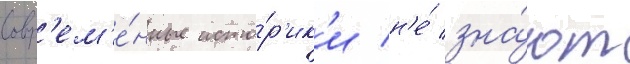
Совр'ем'е́нные исто́р'ик'и н'е́ зна́ют